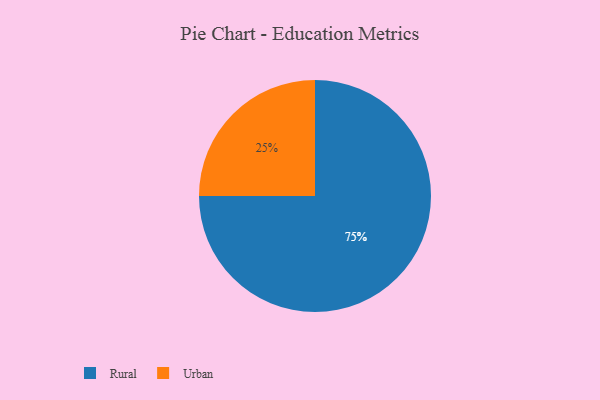
{"axis": {"x": "Category", "y": "Percentage"}, "legend": ["Rural", "Urban"], "data": [{"x": "Rural", "y": 75, "type": "Rural"}, {"x": "Urban", "y": 25, "type": "Urban"}]}